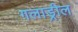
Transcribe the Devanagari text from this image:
गलाड्रील